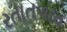
રતાતળાવ